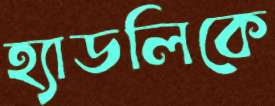
হ্যাডলিকে